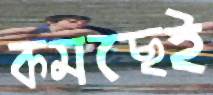
কমছেই